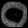
Digit: ၀